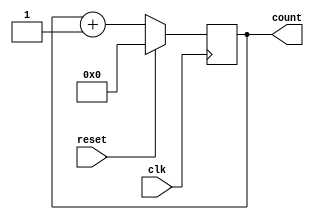
module counter(clk, reset, count);
    input clk, reset;
    output reg [4:0] count;

    always @ (posedge clk)
    begin
    //$display("reset = %d", reset);
        if(reset == 1) count = 0;
        else count = count + 1;
    end 

endmodule